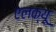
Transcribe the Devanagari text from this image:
एलक्यू